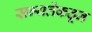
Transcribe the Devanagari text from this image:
सभ्यतेंकढून